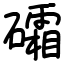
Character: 礵